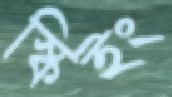
স্কিইং